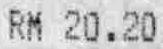
RM 20.20